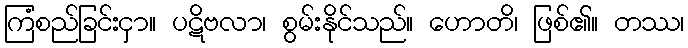
ကြံစည်ခြင်းငှာ။ ပဋိဗလာ၊ စွမ်းနိုင်သည်။ ဟောတိ၊ ဖြစ်၏။ တဿ၊